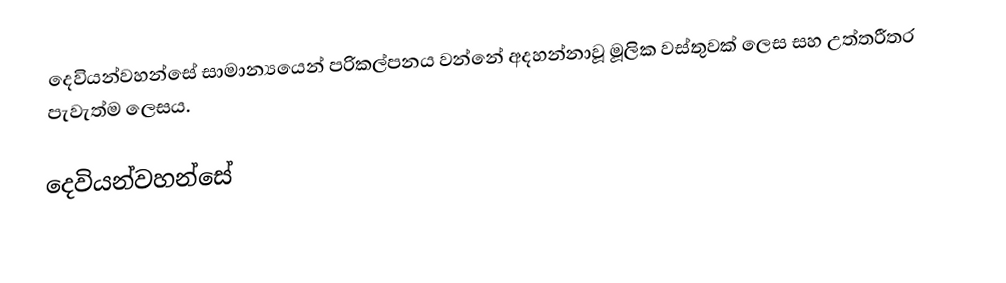
දෙවියන්වහන්සේ  සාමාන්‍යයෙන් පරිකල්පනය වන්නේ අදහන්නාවූ මූලික වස්තුවක් ලෙස සහ උත්තරීතර පැවැත්ම ලෙසය.

දෙවියන්වහන්සේ